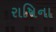
રાષિના